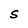
Character: S